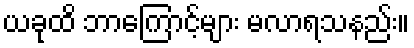
ယခုထိ ဘာကြောင့်များ မလာရသနည်း။